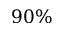
9 0 \%